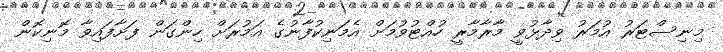
މިނިސްޓަރު އުމަރު ވިދާޅުވީ މާރާމާރީ ހުއްޓުވުމަށް އެމަނިކުފާނުގެ އަމުރަށް ހިންގަން ފަށާފައިވާ މޮނިކޮން